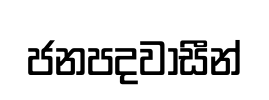
ජනපදවාසීන්